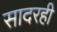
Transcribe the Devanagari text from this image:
सादरही